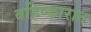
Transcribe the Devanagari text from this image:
बहिष्कारात